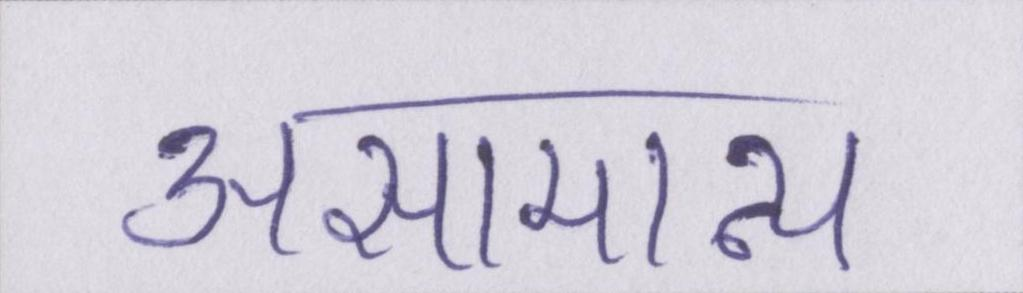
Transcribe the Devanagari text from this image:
असामान्य